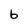
Character: b